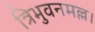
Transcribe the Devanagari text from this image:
त्रिभुवनमल्ल।